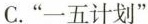
C.”一五计划”